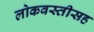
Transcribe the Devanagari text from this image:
लोकवस्तीसह